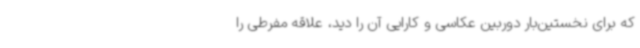
که برای نخستین‌بار دوربین عکاسی و کارایی آن را دید، علاقه مفرطی را